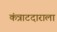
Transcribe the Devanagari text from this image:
कंत्राटदाराला